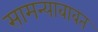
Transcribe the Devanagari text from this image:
सामन्याबाबत